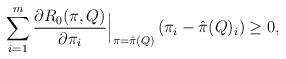
LaTeX: \begin{align*}\sum_{i=1}^{m} \frac{\partial R_{0}(\pi,Q) }{\partial \pi_{i}} \Big|_{\pi = \hat{\pi}(Q)} \left(\pi_{i} - \hat{\pi}(Q)_{i} \right) \geq 0, \end{align*}